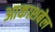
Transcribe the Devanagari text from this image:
आकाशबेल